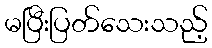
မပြီးပြတ်သေးသည့်